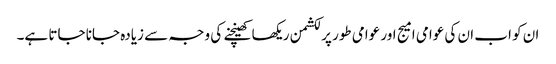
ان کو اب ان کی عوامی امیج اور عوامی طور پر لکشمن ریکھا کھینچنے کی وجہ سے زیادہ جانا جاتا ہے۔